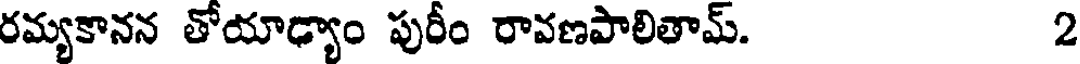
రమ్యకానన తోయాఢ్యాం పురీం రావణపాలితామ్. 2